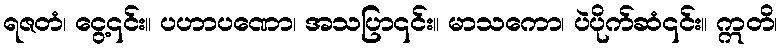
ရဇတံ၊ ငွေ့၎င်း။ ပဟာပဏော၊ အသပြာ၎င်း။ မာသကော၊ ပဲပိုက်ဆံ၎င်း။ ဣတိ၊